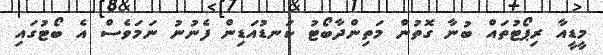
މީޑީއާ ރިޕޯޓުތައް ބުނާ ގޮތުން މަތިންދާބޯޓު ކަނޑުއަޑިން ފެނުނު ނަމަވެސް އެ ބޯޓުގައި